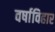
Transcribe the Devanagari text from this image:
वर्षाविहार